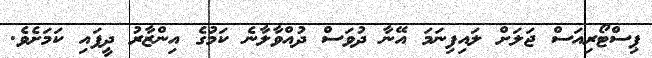
ޕިސްޓޯރިއަސް ޖަލަށް ލައިފިނަމަ އޭނާ ދުވަސް ދުއްވާލާނެ ކަމުގެ އިންޒާރު ދީފައި ކަމަށެވެ.